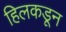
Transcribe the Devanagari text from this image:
हिलकडून